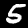
Label: 5